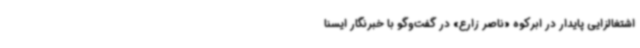
اشتغالزایی پایدار در ابرکوه «ناصر زارع» در گفت‌وگو با خبرنگار ایسنا